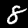
Label: 8